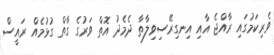
ވެރިކަމުގައި ރާއްޖެ އާއި އިނގިރޭސިވިލާތާ ދެމެދު އޮތް ވަރުގެ ގާތް ގުޅުމެއް ރައީސް